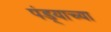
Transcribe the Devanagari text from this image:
पंड्याच्या